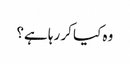
وہ کیا کر رہا ہے؟